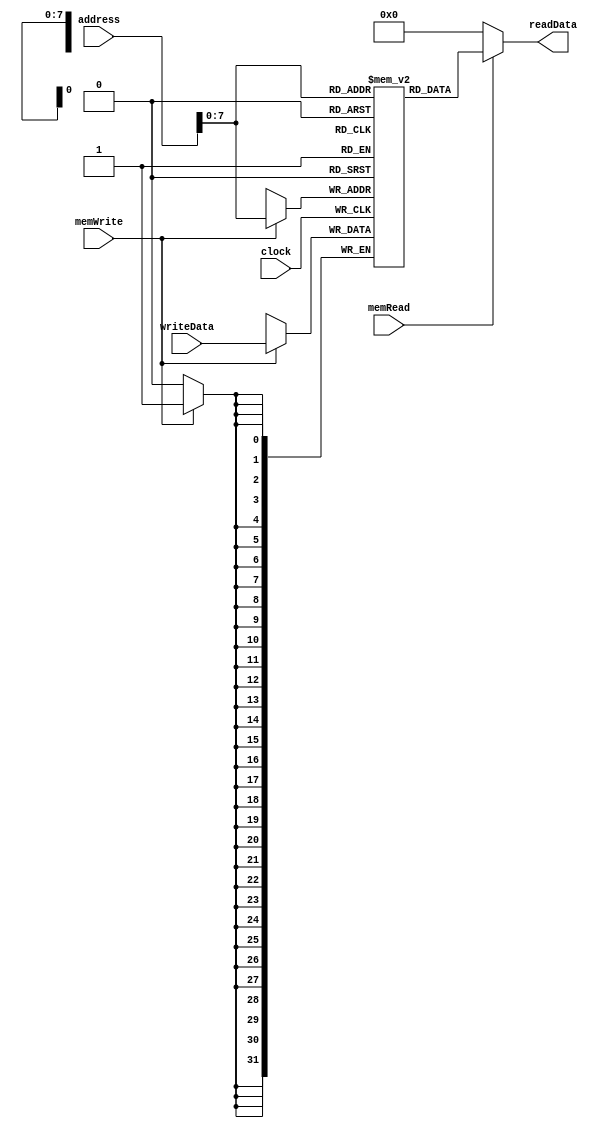
module dmem(clock, writeData, address, memWrite, memRead, readData);

parameter memorySize = 256;

input wire [31:0] address;
input wire [31:0] writeData;
input wire memWrite;
input wire memRead;

output wire [31:0] readData;
input clock;
reg [31:0] mainMemory [0:memorySize-1];

integer i;
initial begin
    for (i = 0; i < memorySize; i = i + 1)
    begin
        mainMemory[i] <= 32'b0;
    end
end

always @(posedge clock) begin
    if (memWrite == 1'b1) begin
        mainMemory[address] <= writeData;
    end

    // if(memRead) begin
    //     readData <= mainMemory[address];
    // end else begin
    //     readData <= 32'b0;
    // end
end

assign readData = (memRead == 0) ? 32'b0 : mainMemory[address];

// always @(address) begin
//     if (memRead == 1'b1) begin
//         readData <= mainMemory[address];
//     end
// end

endmodule